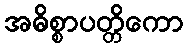
အဓိစ္စာပတ္တိကော